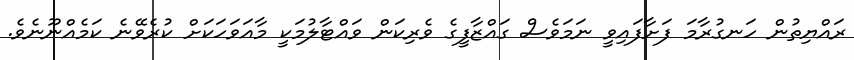
ރައްޔިތުން ހަނގުރާމަ ފަށާފައިވީ ނަމަވެސް ގައްޒާފީގެ ވެރިކަން ވައްޓާލުމަކީ މާއަަވަހަކަށް ކުރެވޭނެ ކަމެއްނޫނެވެ.